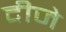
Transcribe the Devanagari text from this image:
दीजे